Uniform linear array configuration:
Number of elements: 12
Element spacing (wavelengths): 0.5
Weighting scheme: hamming
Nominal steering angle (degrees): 45
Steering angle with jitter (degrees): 44.965
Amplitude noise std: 0.05
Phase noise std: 0.05

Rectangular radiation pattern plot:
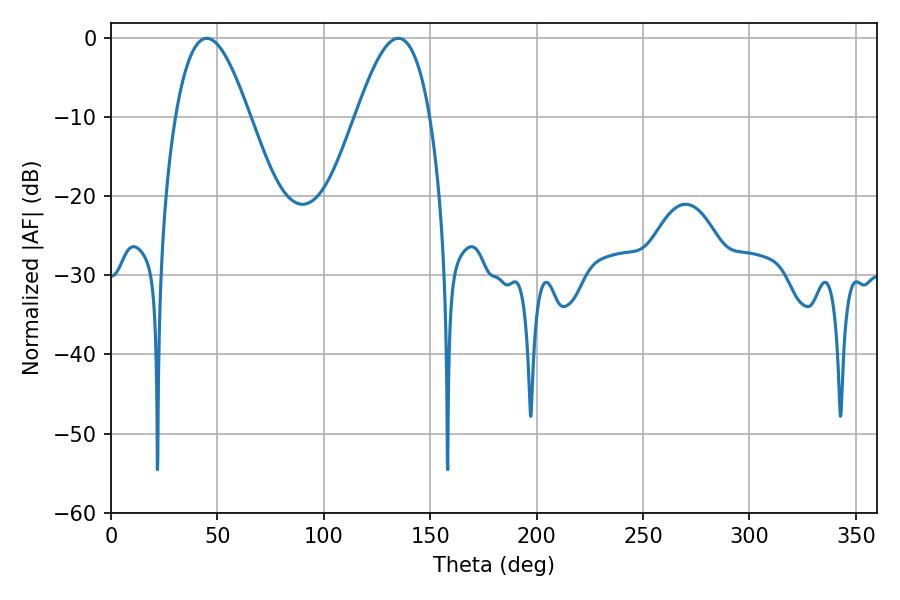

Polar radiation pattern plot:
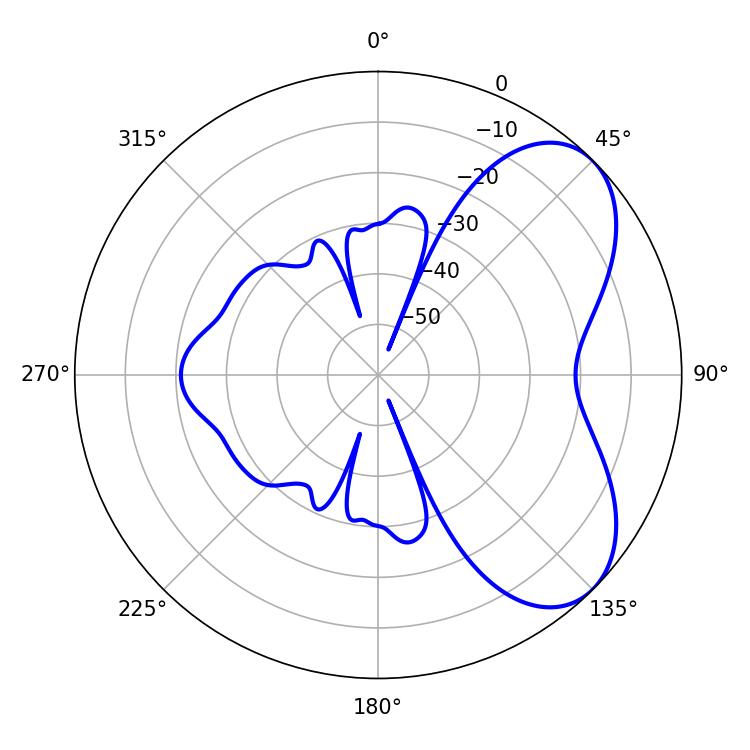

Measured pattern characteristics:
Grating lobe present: FALSE
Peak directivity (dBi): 5.871
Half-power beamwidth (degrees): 18.9
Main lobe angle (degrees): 135